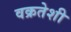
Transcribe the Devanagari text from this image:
वक्रतेशी